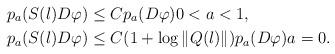
LaTeX: \begin{align*}&p_a(S(l)D\varphi) \leq Cp_a(D\varphi)0<a<1,\\&p_a(S(l)D\varphi) \leq C(1+\log\|Q(l)\|)p_a(D\varphi)a=0.\end{align*}